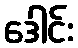
ဒေါင်း